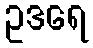
ဥဒရေ